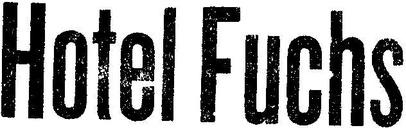
Hotel Fuchs